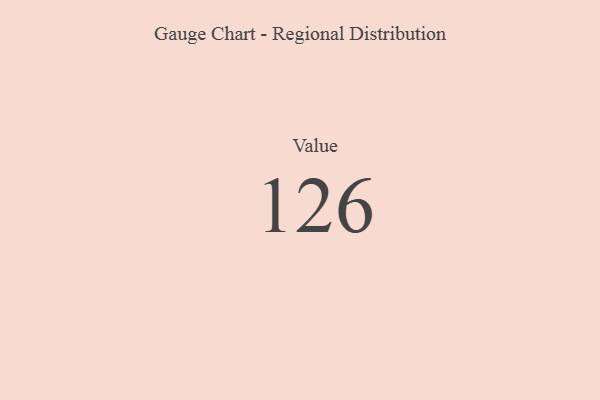
{"axis": {"x": "Metric", "y": "Value"}, "legend": [""], "data": [{"x": "Value", "y": 126, "type": ""}]}